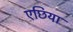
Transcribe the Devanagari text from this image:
एछिया